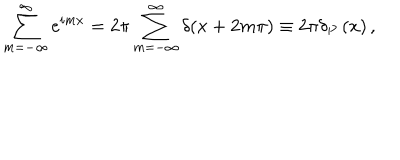
LaTeX: \sum _ { m = - \infty } ^ { \infty } e ^ { i m x } = 2 \pi \sum _ { m = - \infty } ^ { \infty } \delta ( x + 2 m \pi ) \equiv 2 \pi \delta _ { P } \left( x \right) ,